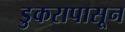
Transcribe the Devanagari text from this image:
डुकरापासून